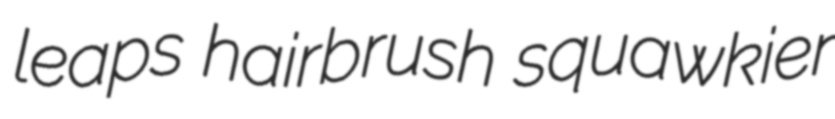
leaps hairbrush squawkier